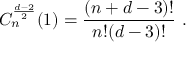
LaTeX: C _ { n } ^ { \frac { d - 2 } 2 } ( 1 ) = \frac { ( n + d - 3 ) ! } { n ! ( d - 3 ) ! } \ .